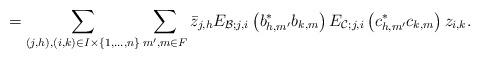
LaTeX: \begin{align*}=\sum_{(j,h),(i,k)\in I\times \{1, \dots,n\}}\sum_{m',m\in F}\bar{z}_{j,h}E_{\mathcal{B}; j,i}\left(b^*_{h,m'}b_{k,m}\right)E_{\mathcal{C}; j,i}\left(c^*_{h,m'}c_{k,m}\right)z_{i,k}.\end{align*}